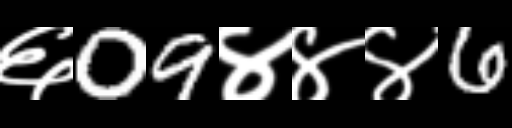
Text: ६09४४४6